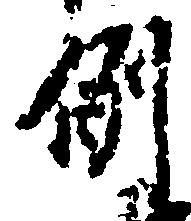
例